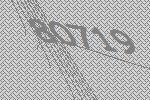
80719